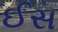
ઈસ